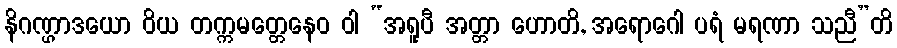
နိဂဏ္ဌာဒယော ဝိယ တက္ကမတ္တေနေဝ ဝါ “အရူပီ အတ္တာ ဟောတိ, အရောဂေါ ပရံ မရဏာ သညီ”တိ